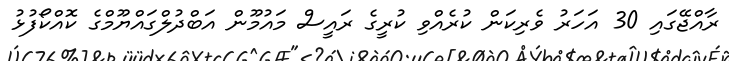
ރާއްޖޭގައި 30 އަހަރު ވެރިކަން ކުރެއްވި ކުރީގެ ރައީސް މައުމޫން އަބްދުލްގައްޔޫމްގެ ކޮއްކޯފުޅު